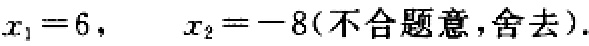
$x_{1}=6,\ \ \ x_{2}=-8(\text{不合题意,舍去}).$